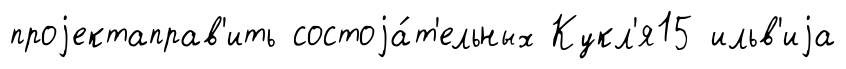
проjектаправ'ить состоjа́т'ельных Кукл'я15 ильв'иjа